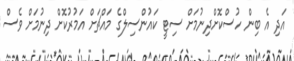
އަދި އެ ބިން ހުސްކޮށްދިނުމަށް ސިޓީ ކައުންސިލްގެ މައްޗަށް އަމުރުކޮށް ދިނުމަށް ވެސް